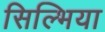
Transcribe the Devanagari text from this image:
सिल्भिया